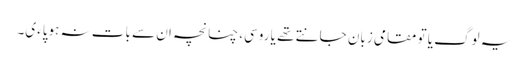
یہ لوگ یا تو مقامی زبان جانتے تھے یا روسی، چنانچہ ان سے بات نہ ہوپاءی۔